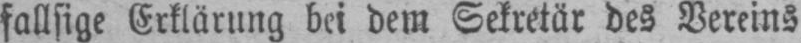
fallsige Erklärung bei dem Sekretär des Vereins